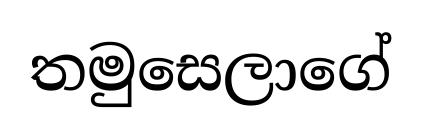
තමුසෙලාගේ